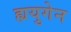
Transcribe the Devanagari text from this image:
ह्ययुगेन